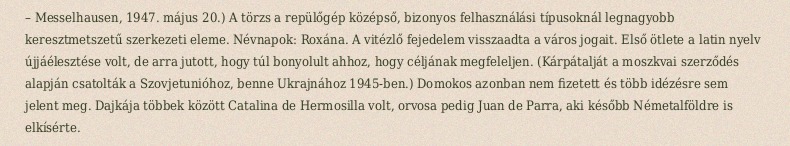
– Messelhausen, 1947. május 20.) A törzs a repülőgép középső, bizonyos felhasználási típusoknál legnagyobb keresztmetszetű szerkezeti eleme. Névnapok: Roxána. A vitézlő fejedelem visszaadta a város jogait. Első ötlete a latin nyelv újjáélesztése volt, de arra jutott, hogy túl bonyolult ahhoz, hogy céljának megfeleljen. (Kárpátalját a moszkvai szerződés alapján csatolták a Szovjetunióhoz, benne Ukrajnához 1945-ben.) Domokos azonban nem fizetett és több idézésre sem jelent meg. Dajkája többek között Catalina de Hermosilla volt, orvosa pedig Juan de Parra, aki később Németalföldre is elkísérte.